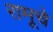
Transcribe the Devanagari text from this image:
रामूचे